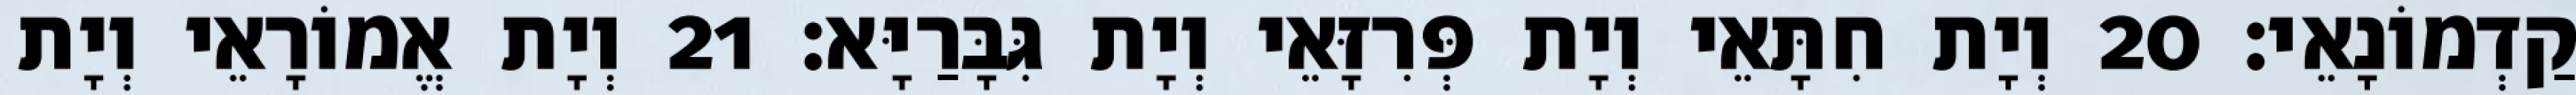
קַדְמוֹנָאֵי׃ 20 וְיָת חִתָּאֵי וְיָת פְּרִזָּאֵי וְיָת גִּבָּרַיָּא׃ 21 וְיָת אֱמוֹרָאֵי וְיָת